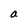
Character: a